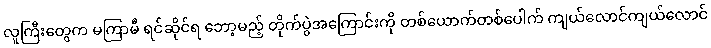
လူကြီးတွေက မကြာမီ ရင်ဆိုင်ရ ဘော့မည့် တိုက်ပွဲအကြောင်းကို တစ်ယောက်တစ်ပေါက် ကျယ်လောင်ကျယ်လောင်